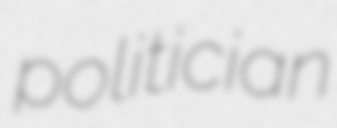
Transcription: politician